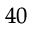
^ { 4 0 }